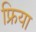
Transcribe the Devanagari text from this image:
फ्रिया